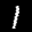
Label: 1